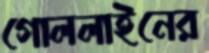
গোললাইনের